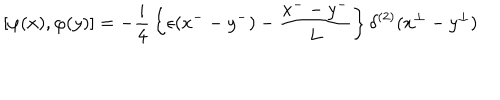
\left[ \varphi ( x ) , \varphi ( y ) \right] = - { \frac { i } { 4 } } \left\{ \epsilon ( x ^ { -- } y ^ { - } ) - { \frac { x ^ { -- } y ^ { - } } { L } } \right\} \delta ^ { ( 2 ) } ( x ^ { \bot } - y ^ { \bot } ) \quad